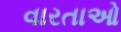
વારતાઓ